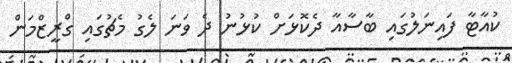
ކުއާޓާ ފައިނަލުގައި ބާސާއާ ދެކޮޅަށް ކުޅުނު ދެ ވަނަ ލެގު މެޗުގައި ގްރީޒްމަން